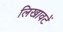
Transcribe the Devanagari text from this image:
लिखावटें